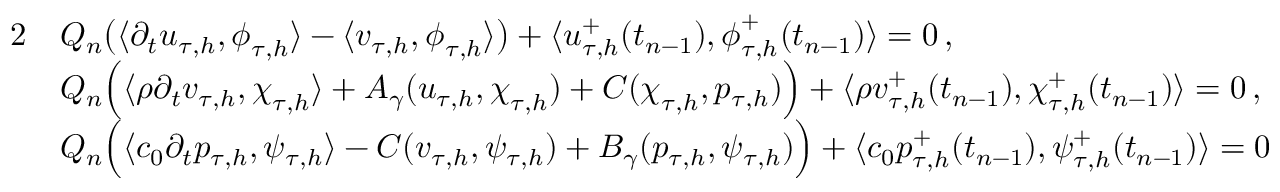
\begin{array} { r l } { { 2 } } & { Q _ { n } \big ( \langle \partial _ { t } \boldsymbol u _ { \tau , h } , \boldsymbol \phi _ { \tau , h } \rangle - \langle \boldsymbol v _ { \tau , h } , \boldsymbol \phi _ { \tau , h } \rangle \big ) + \langle \boldsymbol u _ { \tau , h } ^ { + } ( t _ { n - 1 } ) , \boldsymbol \phi _ { \tau , h } ^ { + } ( t _ { n - 1 } ) \rangle = 0 \, , } \\ & { Q _ { n } \Big ( \langle \rho \partial _ { t } \boldsymbol v _ { \tau , h } , \boldsymbol \chi _ { \tau , h } \rangle + A _ { \gamma } ( \boldsymbol u _ { \tau , h } , \boldsymbol \chi _ { \tau , h } ) + C ( \boldsymbol \chi _ { \tau , h } , p _ { \tau , h } ) \Big ) + \langle \rho \boldsymbol v _ { \tau , h } ^ { + } ( t _ { n - 1 } ) , \boldsymbol \chi _ { \tau , h } ^ { + } ( t _ { n - 1 } ) \rangle = 0 \, , } \\ & { Q _ { n } \Big ( \langle c _ { 0 } \partial _ { t } p _ { \tau , h } , \psi _ { \tau , h } \rangle - C ( \boldsymbol v _ { \tau , h } , \psi _ { \tau , h } ) + B _ { \gamma } ( p _ { \tau , h } , \psi _ { \tau , h } ) \Big ) + \langle c _ { 0 } p _ { \tau , h } ^ { + } ( t _ { n - 1 } ) , \psi _ { \tau , h } ^ { + } ( t _ { n - 1 } ) \rangle = 0 } \end{array}